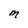
Character: M